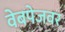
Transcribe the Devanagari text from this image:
वेबपेजवर